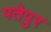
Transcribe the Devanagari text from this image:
पतेपुर